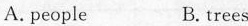
A. people B. trees